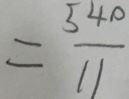
= \frac { 5 4 0 } { 1 1 }